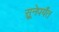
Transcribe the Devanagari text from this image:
सुूनेपर्यंत